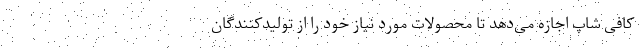
کافی شاپ اجازه می‌دهد تا محصولات مورد نیاز خود را از تولیدکنندگان